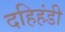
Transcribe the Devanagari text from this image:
दहिहंडी